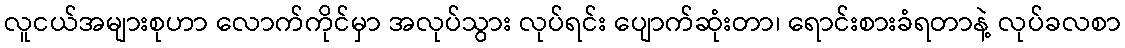
လူငယ်အများစုဟာ လောက်ကိုင်မှာ အလုပ်သွား လုပ်ရင်း ပျောက်ဆုံးတာ၊ ရောင်းစားခံရတာနဲ့ လုပ်ခလစာ